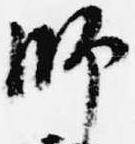
師